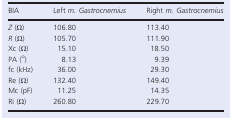
<table><thead><tr><td><b>BIA</b></td><td><b>Left <i>m. Gastrocnemius</i></b></td><td><b>Right <i>m. Gastrocnemius</i></b></td></tr></thead><tbody><tr><td><i>Z</i> (Ω)</td><td>106.80</td><td>113.40</td></tr><tr><td><i>R</i> (Ω)</td><td>105.70</td><td>111.90</td></tr><tr><td>Xc (Ω)</td><td>15.10</td><td>18.50</td></tr><tr><td>PA (<sup>o</sup>)</td><td>8.13</td><td>9.39</td></tr><tr><td>fc (kHz)</td><td>36.00</td><td>29.30</td></tr><tr><td>Re (Ω)</td><td>132.40</td><td>149.40</td></tr><tr><td>Mc (pF)</td><td>11.25</td><td>14.35</td></tr><tr><td>Ri (Ω)</td><td>260.80</td><td>229.70</td></tr></tbody></table>